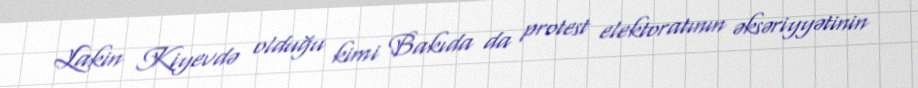
Lakin Kiyevdə olduğu kimi Bakıda da protest elektoratının əksəriyyətinin